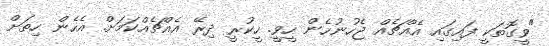
"ވީގޮތަކީ ފައިގައި އެއްޗެއް ޖެހުނުހެން ހީވީ. ހީކުރީ ދިރޭ އެއްޗެއްކަމަށް. އެހެން ހިތަށް